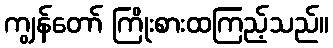
ကျွန်တော် ကြိုးစားထကြည့်သည်။